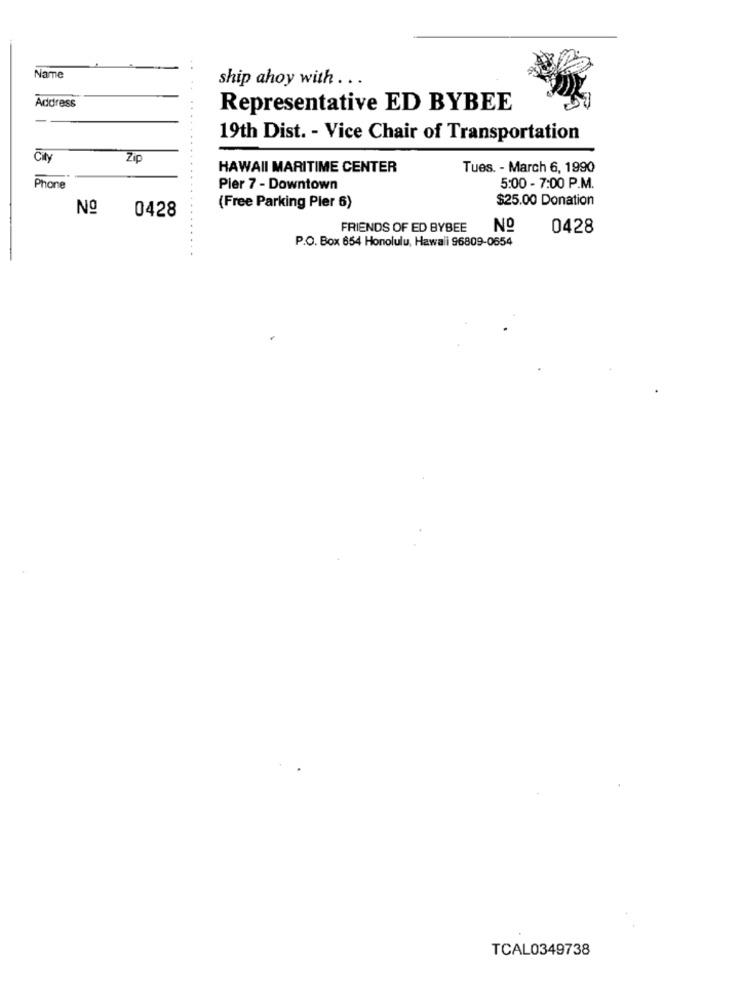
Name
ship ahoy with ...
Address
Representative ED BYBEE
...
19th Dist. - Vice Chair of Transportation
City
Zip
HAWAII MARITIME CENTER
Tues. - March 6, 1990
Phone
Pier 7 - Downtown
5:00 - 7:00 P.M.
$25.00 Donation
No
0428
(Free Parking Pler 6)
FRIENDS OF ED BYBEE
Nº
0428
P.O. Box 654 Honolulu, Hawali 96809-0654
TCAL0349738